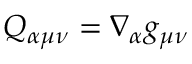
Q _ { \alpha \mu \nu } = \nabla _ { \alpha } g _ { \mu \nu }